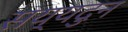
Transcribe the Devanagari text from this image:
सय्यदुन